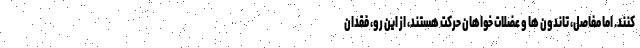
کنند. اما مفاصل، تاندون ها و عضلات خواهان حرکت هستند، از این رو، فقدان